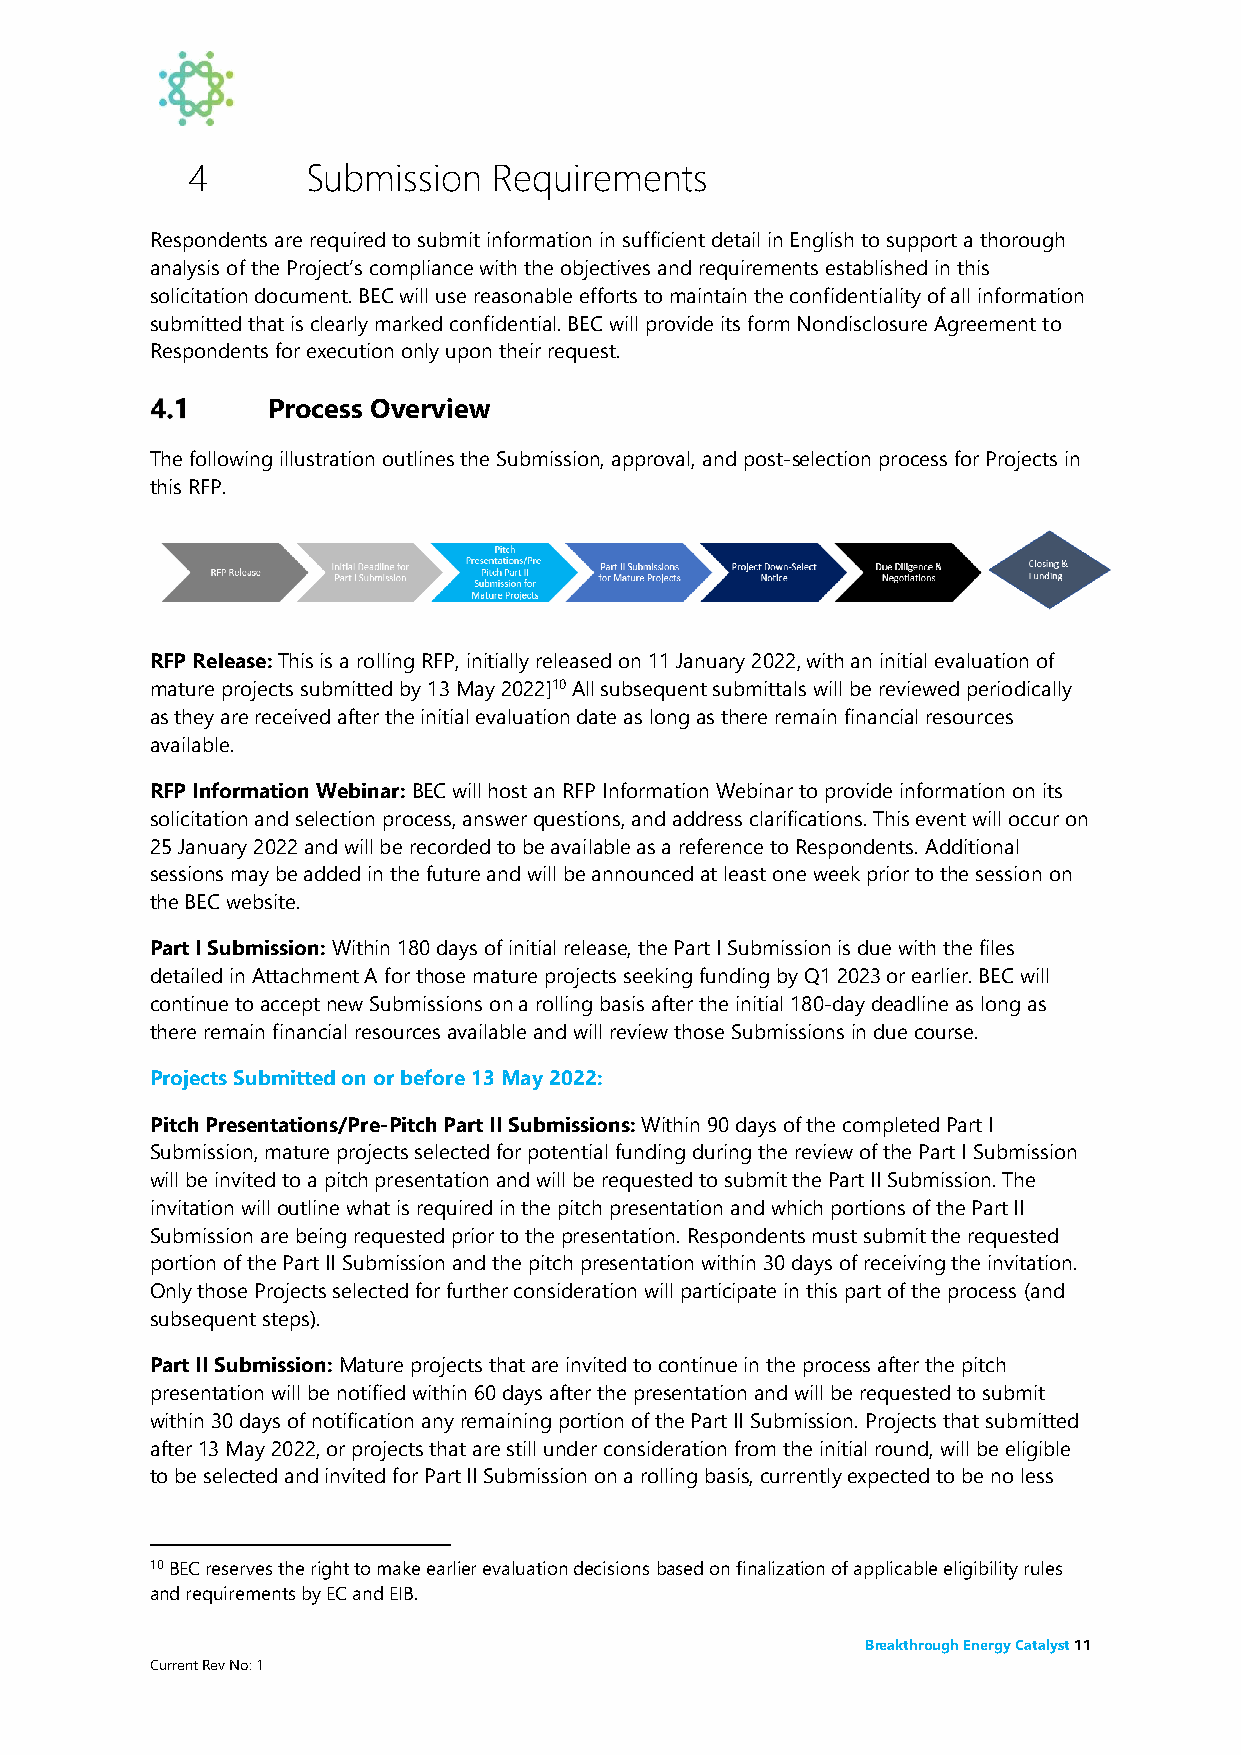
4       Submission   Requirements
 Respondents are required to submit information in sufficient detail in English to support a thorough
 analysis of the Project’s compliance with the objectives and requirements established in this
 solicitation document. BEC will use reasonable efforts to maintain the confidentiality of all information
 submitted that is clearly marked confidential. BEC will provide its form Nondisclosure Agreement to
 Respondents for execution only upon their request.
 Process Overview
 The following illustration outlines the Submission, approval, and post-selection process for Projects in
 this RFP.
 RFP Release: This is a rolling RFP, initially released on 11 January 2022, with an initial evaluation of
 mature projects submitted by 13 May 2022]10 All subsequent submittals will be reviewed periodically
 as they are received after the initial evaluation date as long as there remain financial resources
 available.
 RFP Information Webinar: BEC will host an RFP Information Webinar to provide information on its
 solicitation and selection process, answer questions, and address clarifications. This event will occur on
 25 January 2022 and will be recorded to be available as a reference to Respondents. Additional
 sessions may be added in the future and will be announced at least one week prior to the session on
 the BEC website.
 Part I Submission: Within 180 days of initial release, the Part I Submission is due with the files
 detailed in Attachment A for those mature projects seeking funding by Q1 2023 or earlier. BEC will
 continue to accept new Submissions on a rolling basis after the initial 180-day deadline as long as
 there remain financial resources available and will review those Submissions in due course.
 Projects Submitted on or before 13 May 2022:
 Pitch Presentations/Pre-Pitch Part II Submissions: Within 90 days of the completed Part I
 Submission, mature projects selected for potential funding during the review of the Part I Submission
 will be invited to a pitch presentation and will be requested to submit the Part II Submission. The
 invitation will outline what is required in the pitch presentation and which portions of the Part II
 Submission are being requested prior to the presentation. Respondents must submit the requested
 portion of the Part II Submission and the pitch presentation within 30 days of receiving the invitation.
 Only those Projects selected for further consideration will participate in this part of the process (and
 subsequent steps).
 Part II Submission: Mature projects that are invited to continue in the process after the pitch
 presentation will be notified within 60 days after the presentation and will be requested to submit
 within 30 days of notification any remaining portion of the Part II Submission. Projects that submitted
 after 13 May 2022, or projects that are still under consideration from the initial round, will be eligible
 to be selected and invited for Part II Submission on a rolling basis, currently expected to be no less
 10 BEC reserves the right to make earlier evaluation decisions based on finalization of applicable eligibility rules
 and requirements by EC and EIB.
 Breakthrough Energy Catalyst 11
 Current Rev No: 1